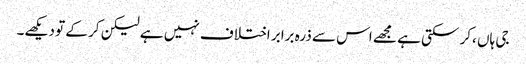
جی ہاں ،کر سکتی ہے مجھے اس سے ذرہ برابر اختلاف نہیں ہے لیکن کر کے تو دیکھے۔